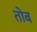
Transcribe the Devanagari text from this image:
तोब